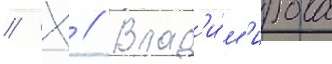
// Х // Влад'и́м'ирова